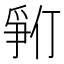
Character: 𪺓